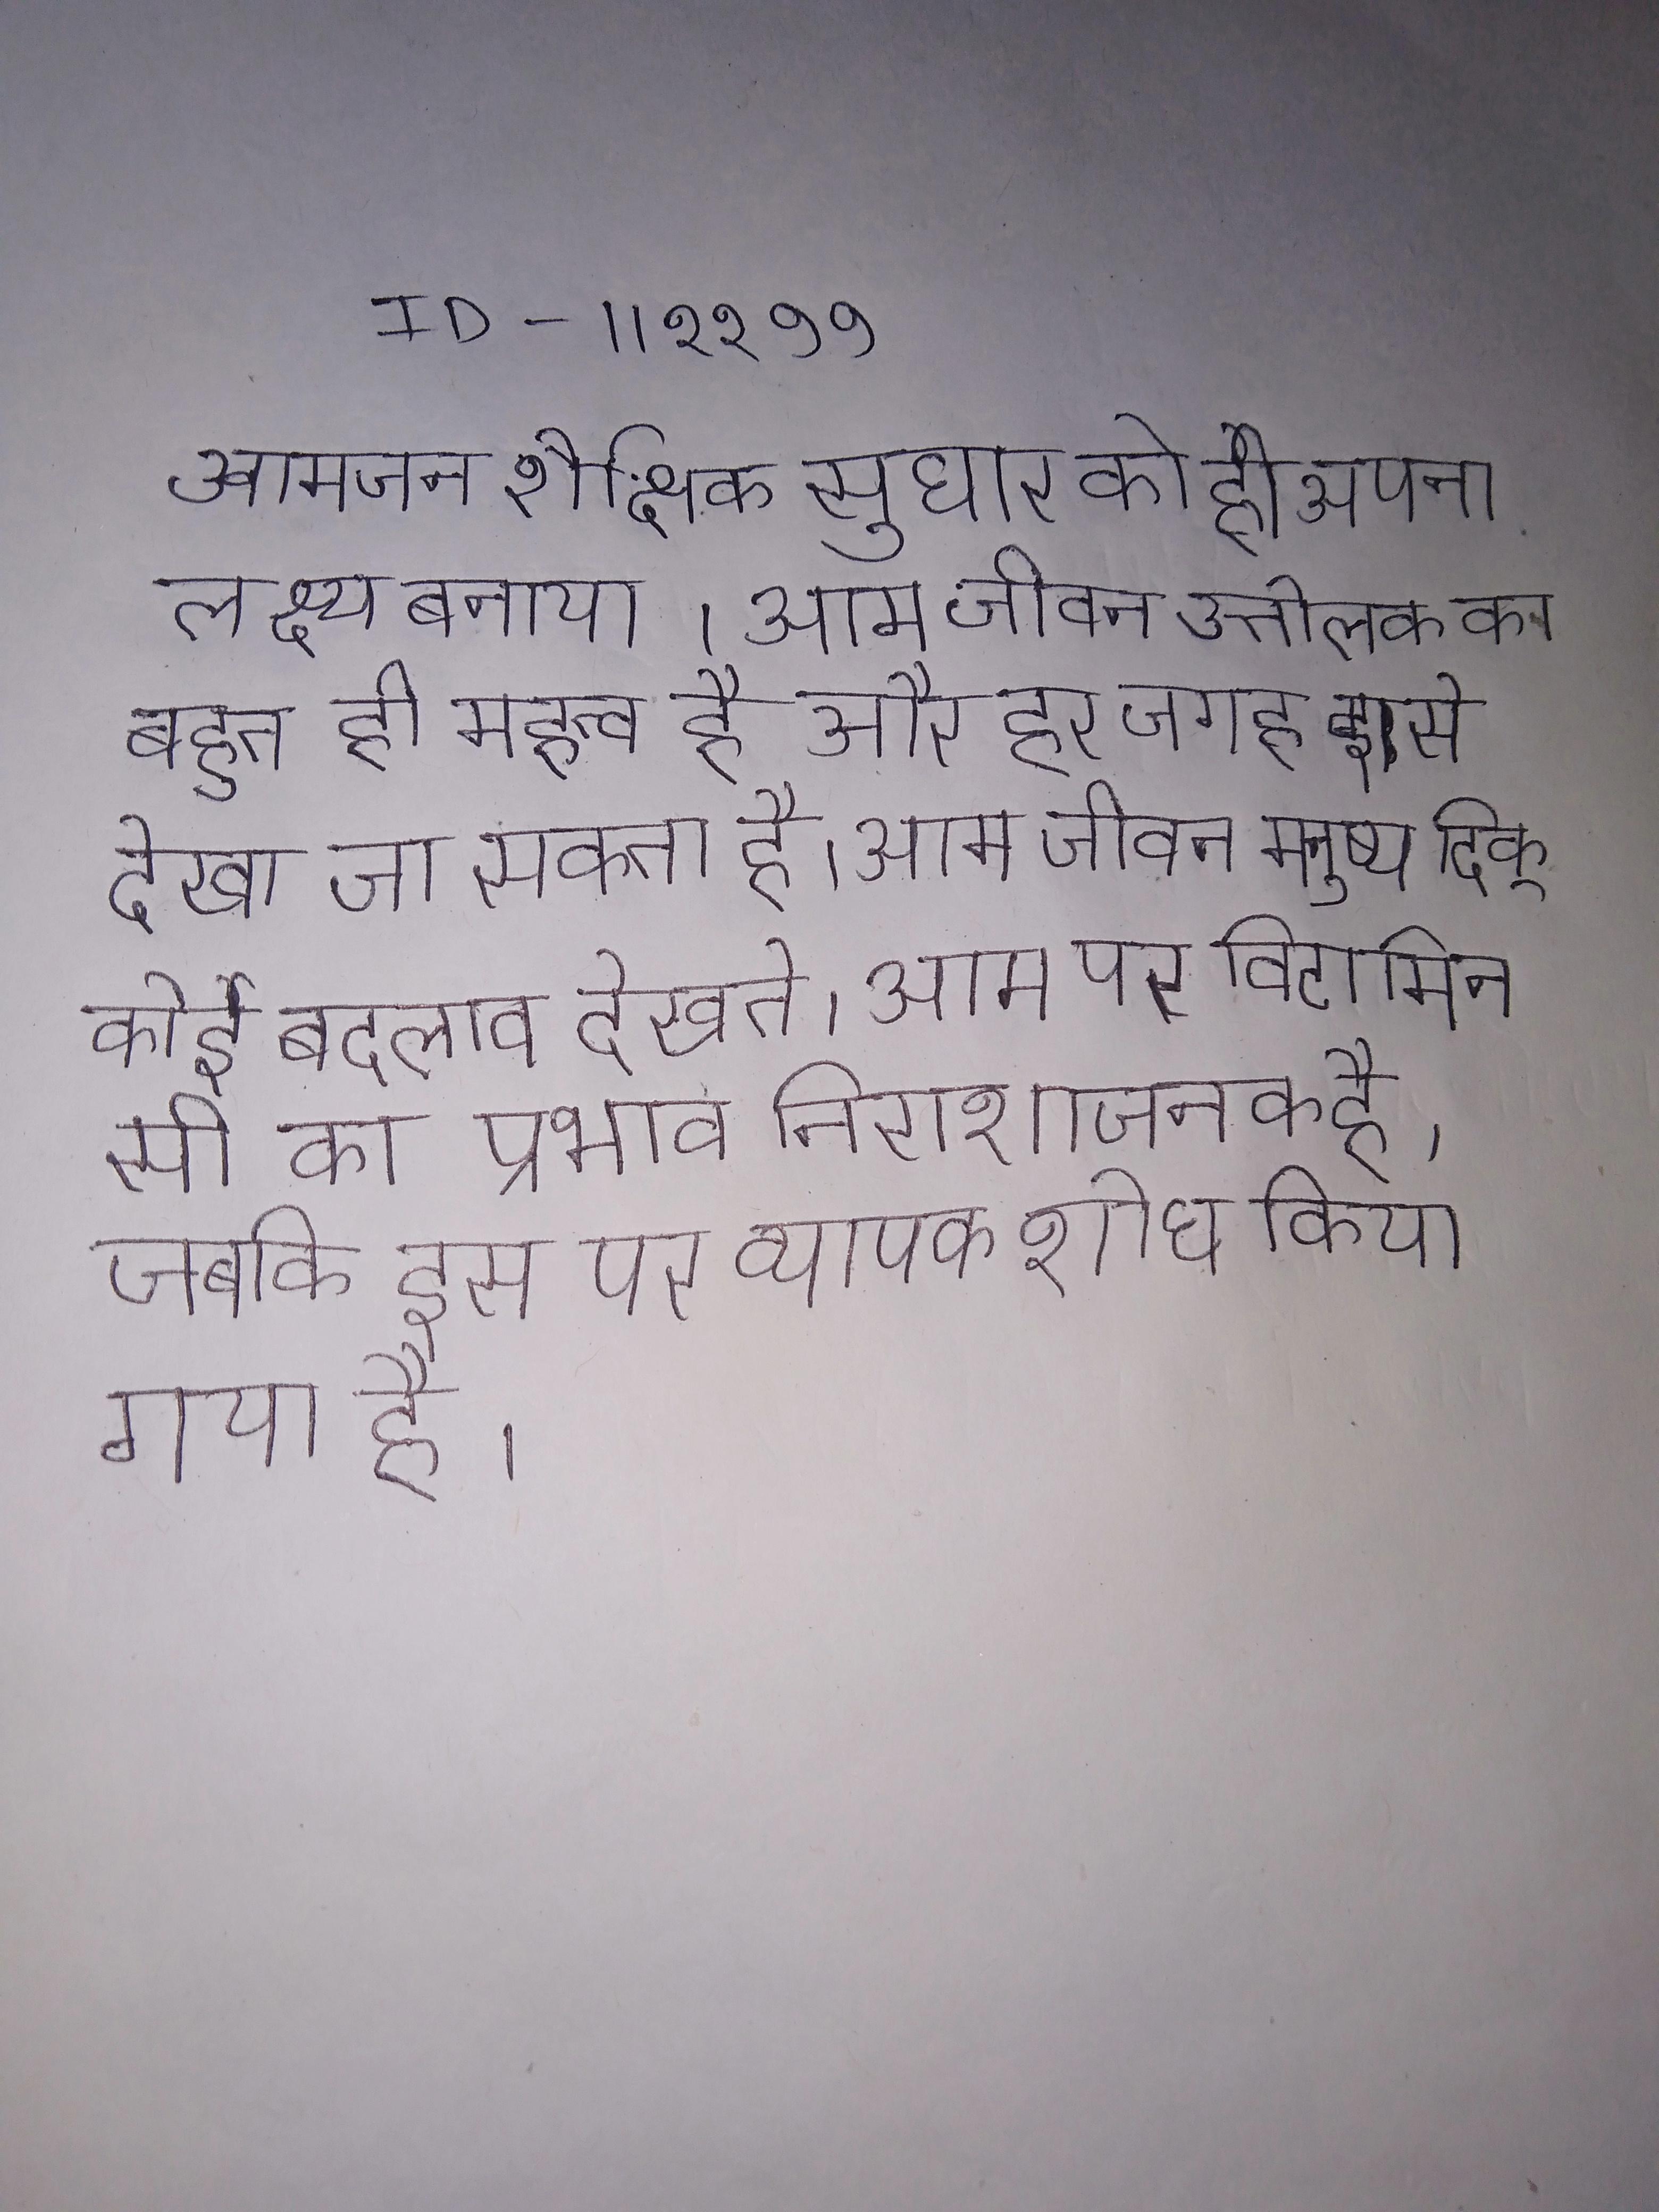
आमजन शैक्षिक सुधार को ही अपना लक्ष्य बनाया । आम जीवन उत्तोलक का बहुत ही महत्व है और हर जगह इसे देखा जा सकता है । आम जीवन मनुष्य दिक् कोई बदलाव देखते । आम पर विटामिन सी का प्रभाव निराशाजनक है, जबकि इस पर व्यापक शोध किया गया है ।